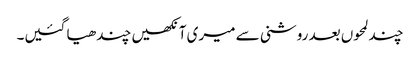
چند لمحوں بعد روشنی سے میری آنکھیں چندھیا گئیں۔